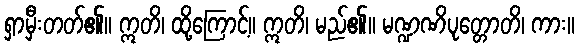
ရှာမှီးတတ်၏။ ဣတိ၊ ထို့ကြောင့်။ ဣတိ၊ မည်၏။ မဏ္ဍဏိပုတ္တောတိ၊ ကား။